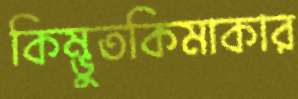
কিম্ভুতকিমাকার